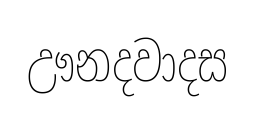
ඌනදවාදස